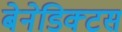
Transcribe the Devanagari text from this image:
बेनेडिक्टस